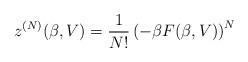
LaTeX: \begin{align*}z^{(N)}(\beta,V)=\frac{1}{N!}\left(-\beta F(\beta,V)\right)^N\end{align*}